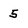
Character: 5